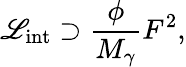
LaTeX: {\cal\mathscr{L}}_{\mathrm{{int}}}\supset\frac{{\phi}}{{M_{\gamma}}}F^{2},